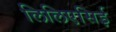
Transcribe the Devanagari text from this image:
लिलिएसिई